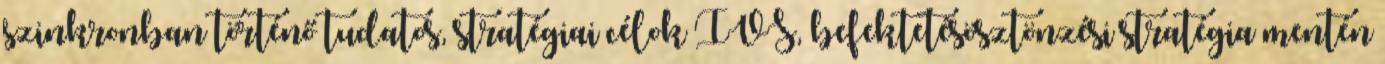
szinkronban történő tudatos, stratégiai célok IVS, befektetésösztönzési stratégia mentén